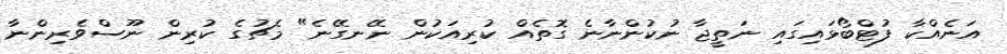
އަނެއްކާ ފުޓްބޯޅައިގައި ނަތީޖާ ނުކުންނާނެ ގޮތެއް ކުރިއަކުން ނޭނގޭނެ" މެޗުގެ ކުރިން ނޫސްވެރިންނާ